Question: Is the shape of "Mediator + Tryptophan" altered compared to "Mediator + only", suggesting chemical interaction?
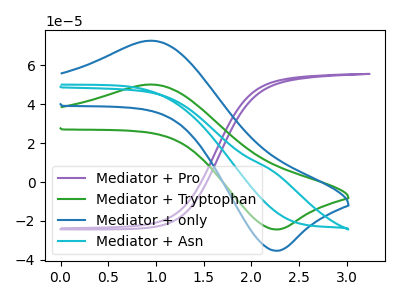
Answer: <think>The purple curve "Mediator + Pro" has no peaks. The green curve "Mediator + Tryptophan" has an anodic peak at (0.95V, 50.10uA) and a cathodic peak at (2.25V, -24.35uA). The blue curve "Mediator + only" has an anodic peak at (0.95V, 72.60uA) and a cathodic peak at (2.25V, -35.30uA). The cyan curve "Mediator + Asn" has no peaks.
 All the peaks in "Mediator + Tryptophan" have a peak in "Mediator + only" at the same potential. Every peak in "Mediator + Tryptophan" is lower than every peak in "Mediator + only".</think>
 <answer>No, "Mediator + Tryptophan" and "Mediator + only" don't appear to be significantly different in shape</answer>
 <eval>no_change</eval>